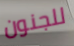
للجنون